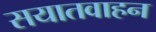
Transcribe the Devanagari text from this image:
सयातवाहन